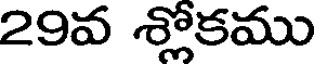
29వ శ్లోకము